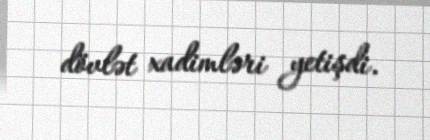
dövlət xadimləri yetişdi.